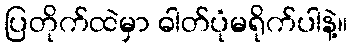
ပြတိုက်ထဲမှာ ဓါတ်ပုံမရိုက်ပါနဲ့။